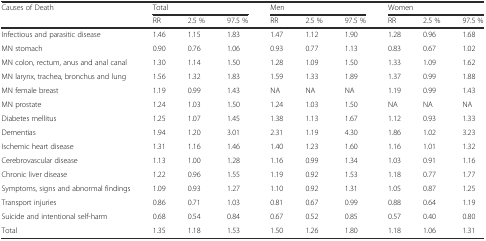
<table><thead><tr><td rowspan="2"><b>Causes of Death</b></td><td colspan="3"><b>Total</b></td><td colspan="3"><b>Men</b></td><td colspan="3"><b>Women</b></td></tr><tr><td><b>RR</b></td><td><b>2.5 %</b></td><td><b>97.5 %</b></td><td><b>RR</b></td><td><b>2.5 %</b></td><td><b>97.5 %</b></td><td><b>RR</b></td><td><b>2.5 %</b></td><td><b>97.5 %</b></td></tr></thead><tbody><tr><td>Infectious and parasitic disease</td><td>1.46</td><td>1.15</td><td>1.83</td><td>1.47</td><td>1.12</td><td>1.90</td><td>1.28</td><td>0.96</td><td>1.68</td></tr><tr><td>MN stomach</td><td>0.90</td><td>0.76</td><td>1.06</td><td>0.93</td><td>0.77</td><td>1.13</td><td>0.83</td><td>0.67</td><td>1.02</td></tr><tr><td>MN colon, rectum, anus and anal canal</td><td>1.30</td><td>1.14</td><td>1.50</td><td>1.28</td><td>1.09</td><td>1.50</td><td>1.33</td><td>1.09</td><td>1.62</td></tr><tr><td>MN larynx, trachea, bronchus and lung</td><td>1.56</td><td>1.32</td><td>1.83</td><td>1.59</td><td>1.33</td><td>1.89</td><td>1.37</td><td>0.99</td><td>1.88</td></tr><tr><td>MN female breast</td><td>1.19</td><td>0.99</td><td>1.43</td><td>NA</td><td>NA</td><td>NA</td><td>1.19</td><td>0.99</td><td>1.43</td></tr><tr><td>MN prostate</td><td>1.24</td><td>1.03</td><td>1.50</td><td>1.24</td><td>1.03</td><td>1.50</td><td>NA</td><td>NA</td><td>NA</td></tr><tr><td>Diabetes mellitus</td><td>1.25</td><td>1.07</td><td>1.45</td><td>1.38</td><td>1.13</td><td>1.67</td><td>1.12</td><td>0.93</td><td>1.33</td></tr><tr><td>Dementias</td><td>1.94</td><td>1.20</td><td>3.01</td><td>2.31</td><td>1.19</td><td>4.30</td><td>1.86</td><td>1.02</td><td>3.23</td></tr><tr><td>Ischemic heart disease</td><td>1.31</td><td>1.16</td><td>1.46</td><td>1.40</td><td>1.23</td><td>1.60</td><td>1.16</td><td>1.01</td><td>1.32</td></tr><tr><td>Cerebrovascular disease</td><td>1.13</td><td>1.00</td><td>1.28</td><td>1.16</td><td>0.99</td><td>1.34</td><td>1.03</td><td>0.91</td><td>1.16</td></tr><tr><td>Chronic liver disease</td><td>1.22</td><td>0.96</td><td>1.55</td><td>1.19</td><td>0.92</td><td>1.53</td><td>1.18</td><td>0.77</td><td>1.77</td></tr><tr><td>Symptoms, signs and abnormal findings</td><td>1.09</td><td>0.93</td><td>1.27</td><td>1.10</td><td>0.92</td><td>1.31</td><td>1.05</td><td>0.87</td><td>1.25</td></tr><tr><td>Transport injuries</td><td>0.86</td><td>0.71</td><td>1.03</td><td>0.81</td><td>0.67</td><td>0.99</td><td>0.88</td><td>0.64</td><td>1.19</td></tr><tr><td>Suicide and intentional self-harm</td><td>0.68</td><td>0.54</td><td>0.84</td><td>0.67</td><td>0.52</td><td>0.85</td><td>0.57</td><td>0.40</td><td>0.80</td></tr><tr><td>Total</td><td>1.35</td><td>1.18</td><td>1.53</td><td>1.50</td><td>1.26</td><td>1.80</td><td>1.18</td><td>1.06</td><td>1.31</td></tr></tbody></table>